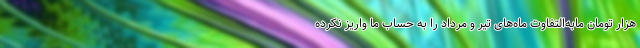
هزار تومان مابه‌التفاوت ماه‌های تیر و مرداد را به حساب ما واریز نکرده